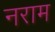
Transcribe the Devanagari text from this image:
नराम